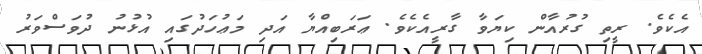
އެކެވެ. ރީތި ގުރުއާން ކިޔަވާ ގާރީއެކެވެ. ޢަރަބިއްޔާ އަދި މަޢުހަދުގައި އުޅުނު ދުވަސްވަރު